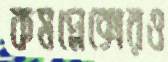
কমপ্লেক্সেরও